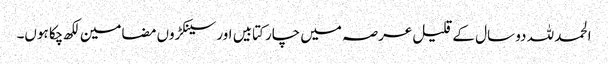
الحمد للہ دو سال کے قلیل عرصہ میں چار کتابیں اور سینکڑوں مضامین لکھ چکا ہوں۔